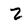
Character: Z